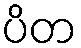
ပိတ